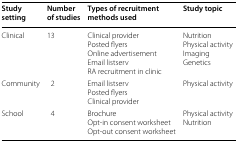
| Study setting | Number of studies | Types of recruitment methods used | Study topic |
 | --- | --- | --- | --- |
 | Clinical | 13 | Clinical providerPosted flyersOnline advertisementEmail listservRA recruitment in clinic | NutritionPhysical activityImagingGenetics |
 | Community | 2 | Email listservPosted flyersClinical provider | Physical activity |
 | School | 4 | BrochureOpt-in consent worksheetOpt-out consent worksheet | Physical activityNutrition |